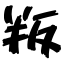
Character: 叛